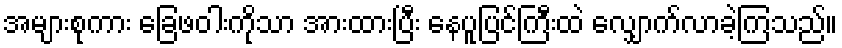
အများစုကား ခြေဖဝါးကိုသာ အားထားပြီး နေပူပြင်ကြီးထဲ လျှောက်လာခဲ့ကြသည်။